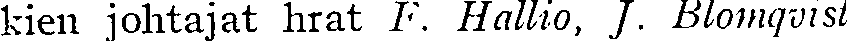
kien johtajat hrat F. Hallio, J. Blomqvist